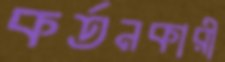
কর্তনকারী